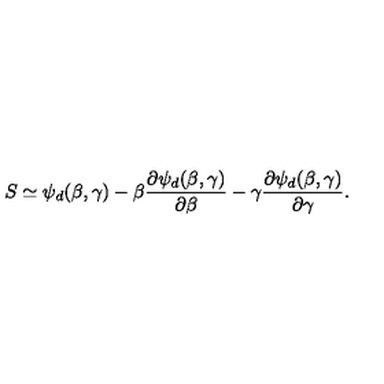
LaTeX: S \simeq \psi _ { d } ( \beta , \gamma ) - \beta \frac { \partial \psi _ { d } ( \beta , \gamma ) } { \partial \beta } - \gamma \frac { \partial \psi _ { d } ( \beta , \gamma ) } { \partial \gamma } .